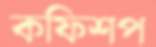
কফিশপ